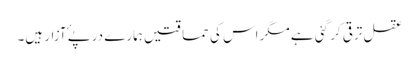
عقل ترقی کر گئی ہے مگر اس کی حماقتیں ہمارے درپۓ آزار ہیں۔